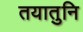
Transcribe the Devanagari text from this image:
तयातुनि